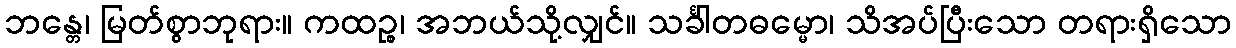
ဘန္တေ၊ မြတ်စွာဘုရား။ ကထဉ္စ၊ အဘယ်သို့လျှင်။ သင်္ခါတဓမ္မော၊ သိအပ်ပြီးသော တရားရှိသော